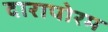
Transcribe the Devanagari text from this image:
दारापोरम